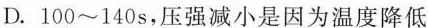
D.100~140s，压强减小是因为温度降低